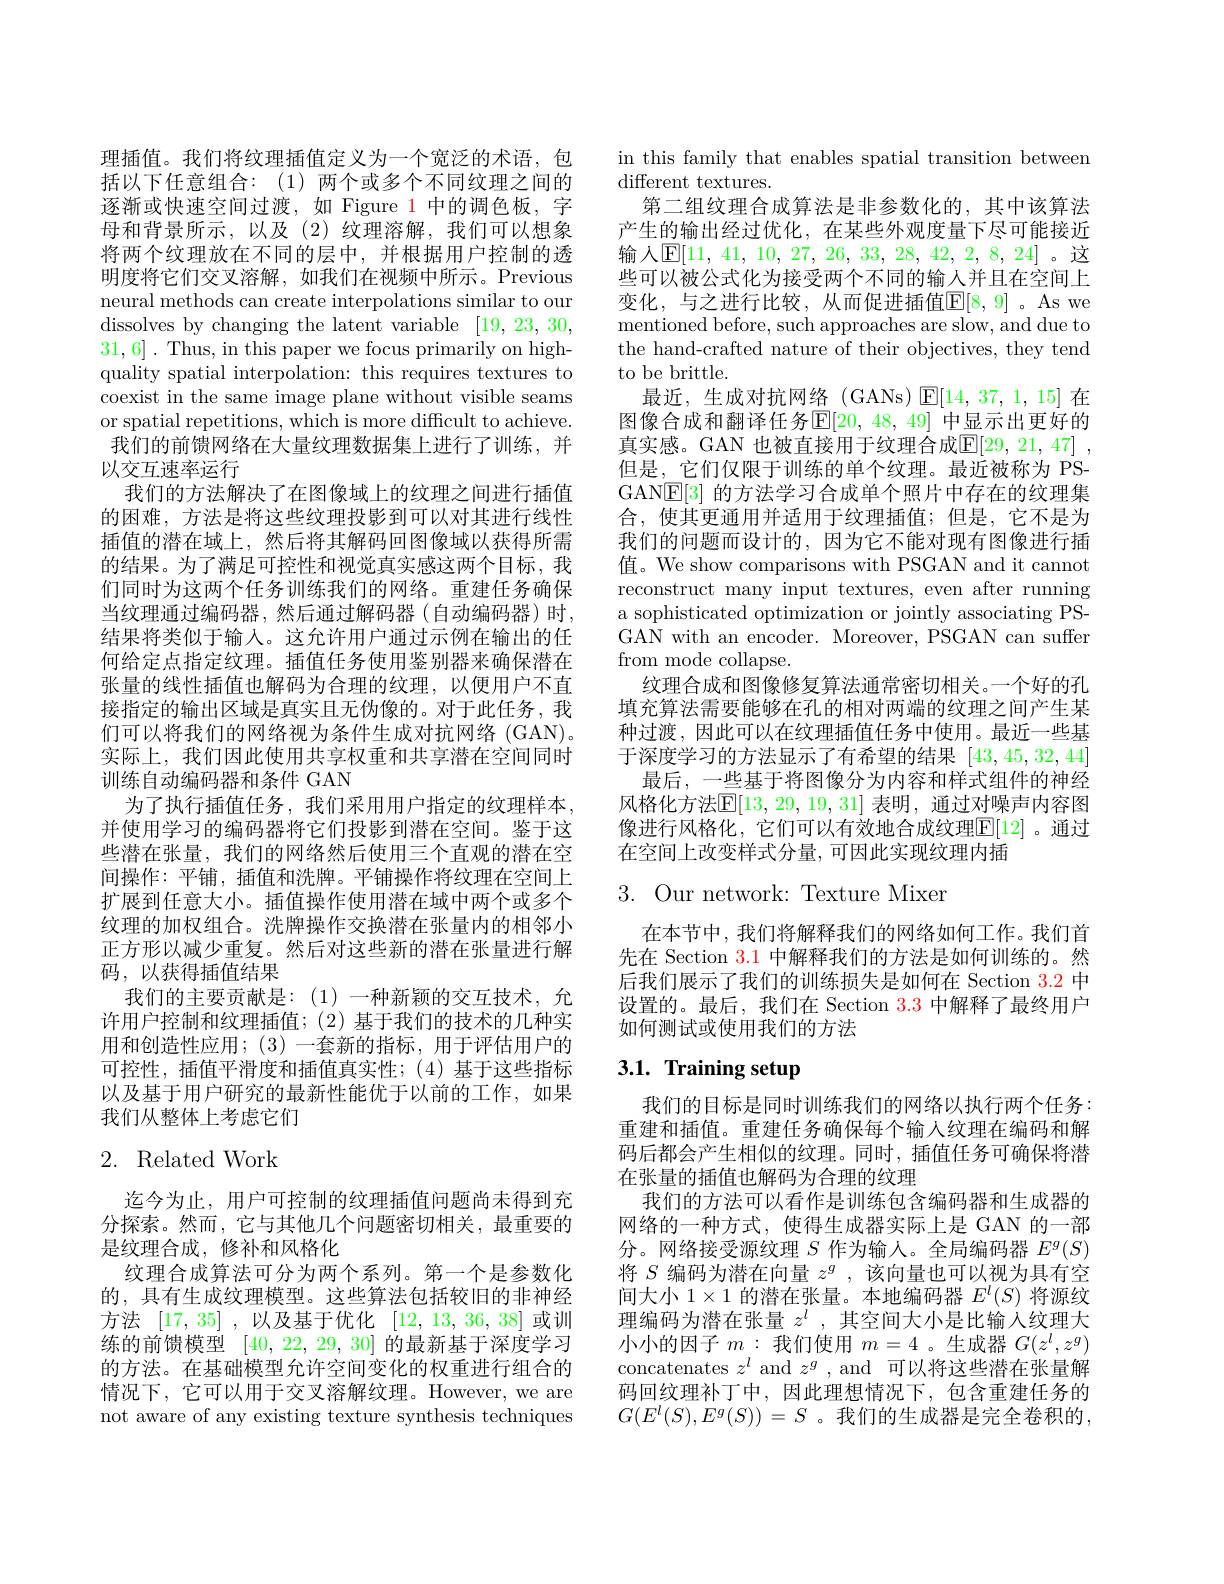
理插值。我们将纹理插值定义为一个宽泛的术语，包括以下任意组合：(1)两个或多个不同纹理之间的逐渐或快速空间过渡，如 Figure 1 中的调色板，字母和背景所示，以及(2)纹理溶解，我们可以想象将两个纹理放在不同的层中，并根据用户控制的透明度将它们交叉溶解，如我们在视频中所示。Previous neural methods can create interpolations similar to our dissolves by changing the latent variable [19,23,30, 31,6]. Thus, in this paper we focus primarily on highquality spatial interpolation: this requires textures to coexist in the same image plane without visible seams or spatial repetitions, which is more difficult to achieve. 我们的前馈网络在大量纹理数据集上进行了训练，并以交互速率运行
我们的方法解决了在图像域上的纹理之间进行插值的困难，方法是将这些纹理投影到可以对其进行线性插值的潜在域上，然后将其解码回图像域以获得所需的结果。为了满足可控性和视觉真实感这两个目标，我们同时为这两个任务训练我们的网络。重建任务确保当纹理通过编码器，然后通过解码器(自动编码器)时， 结果将类似于输入。这允许用户通过示例在输出的任何给定点指定纹理。插值任务使用鉴别器来确保潜在张量的线性插值也解码为合理的纹理，以便用户不直接指定的输出区域是真实且无伪像的。对于此任务，我们可以将我们的网络视为条件生成对抗网络(GAN)。实际上，我们因此使用共享权重和共享潜在空间同时训练自动编码器和条件 GAN
为了执行插值任务，我们采用用户指定的纹理样本， 并使用学习的编码器将它们投影到潜在空间。鉴于这些潜在张量，我们的网络然后使用三个直观的潜在空间操作：平铺，插值和洗牌。平铺操作将纹理在空间上扩展到任意大小。插值操作使用潜在域中两个或多个纹理的加权组合。洗牌操作交换潜在张量内的相邻小正方形以减少重复。然后对这些新的潜在张量进行解码，以获得插值结果
我们的主要贡献是：(1)一种新颖的交互技术，允许用户控制和纹理插值；(2)基于我们的技术的几种实用和创造性应用；(3)一套新的指标，用于评估用户的可控性，插值平滑度和插值真实性；(4)基于这些指标以及基于用户研究的最新性能优于以前的工作，如果我们从整体上考虑它们

# 2. Related Work

迄今为止，用户可控制的纹理插值问题尚未得到充分探索。然而，它与其他几个问题密切相关，最重要的是纹理合成，修补和风格化
纹理合成算法可分为两个系列。第一个是参数化的，具有生成纹理模型。这些算法包括较旧的非神经方法[17,35] ,以及基于优化[12,13,36,38]或训练的前馈模型[40,22,29,30]的最新基于深度学习的方法。在基础模型允许空间变化的权重进行组合的情况下，它可以用于交叉溶解纹理。However, we are not aware of any existing texture synthesis techniques

in this family that enables spatial transition between
different textures.
第二组纹理合成算法是非参数化的，其中该算法产生的输出经过优化，在某些外观度量下尽可能接近输入$\mathbb{E}[11$, 41, 10, 27, 26, 33, 28, 42, 2, 8, 24] 。这些可以被公式化为接受两个不同的输人并且在空间上变化，与之进行比较，从而促进插值$\mathbb{E}[8,9]$。As we mentioned before, such approaches are slow, and due to the hand-crafted nature of their objectives, they tend to be brittle.
最近，生成对抗网络(GANs)$\operatorname{E}[14,37,1,15]$在图像合成和翻译任务$\mathbb{E}[20,48,49]$ 中显示出更好的真实感。GAN 也被直接用于纹理合成$\mathbb{E} [ 29, 21, 47]$ , 但是，它们仅限于训练的单个纹理。最近被称为 PSGAN$\underline{\mathbb{E}}[3]$的方法学习合成单个照片中存在的纹理集合，使其更通用并适用于纹理插值；但是，它不是为我们的问题而设计的，因为它不能对现有图像进行插值。We show comparisons with PSGAN and it cannot reconstruct many input textures, even after running a sophisticated optimization or jointly associating PSGAN with an encoder. Moreover, PSGAN can suffer from mode collapse.
纹理合成和图像修复算法通常密切相关。一个好的孔填充算法需要能够在孔的相对两端的纹理之间产生某种过渡，因此可以在纹理插值任务中使用。最近一些基于深度学习的方法显示了有希望的结果[43,45,32,44]
最后，一些基于将图像分为内容和样式组件的神经风格化方法$\mathbb{E}[13,29,19,31]$ 表明，通过对噪声内容图像进行风格化，它们可以有效地合成纹理$\mathbb{E}[12]$。通过在空间上改变样式分量，可因此实现纹理内插

# 3. Our network: Texture Mixer

在本节中，我们将解释我们的网络如何工作。我们首先在 Section 3.1中解释我们的方法是如何训练的。然后我们展示了我们的训练损失是如何在 Section 3.2 中设置的。最后，我们在 Section $\color{red}{3.3}$中解释了最终用户如何测试或使用我们的方法

# 3.1. Training setup

我们的目标是同时训练我们的网络以执行两个任务： 重建和插值。重建任务确保每个输入纹理在编码和解码后都会产生相似的纹理。同时，插值任务可确保将潜在张量的插值也解码为合理的纹理
我们的方法可以看作是训练包含编码器和生成器的网络的一种方式，使得生成器实际上是 GAN 的一部分。网络接受源纹理$S$作为输入。全局编码器$E^g(S)$ 将$S$编码为潜在向量$z^g$,该向量也可以视为具有空间大小$1\times1$的潜在张量。本地编码器$E^l(S)$将源纹理编码为潜在张量$z^l$ ,其空间大小是比输入纹理大小小的因子$m:$我们使用$m=4$ 。生成器$G(z^l,z^g)$ concatenates $z^l$ and $z^g$, and 可以将这些潜在张量解码回纹理补丁中，因此理想情况下，包含重建任务的$G(E^l(S),E^g(S))=S$。我们的生成器是完全卷积的，